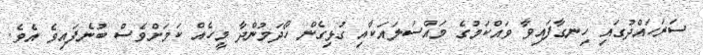
ސަރަހައްދުގައި ހިނގާފައިވާ ވައްކަމުގެ މައްސަލައަކާއި ގުޅިގެން ހޯދަމުންދާ މީހެއް ކަމަށްވެސް ބުނެފައިވެ އެވެ.